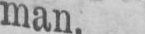
man.